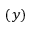
( y )